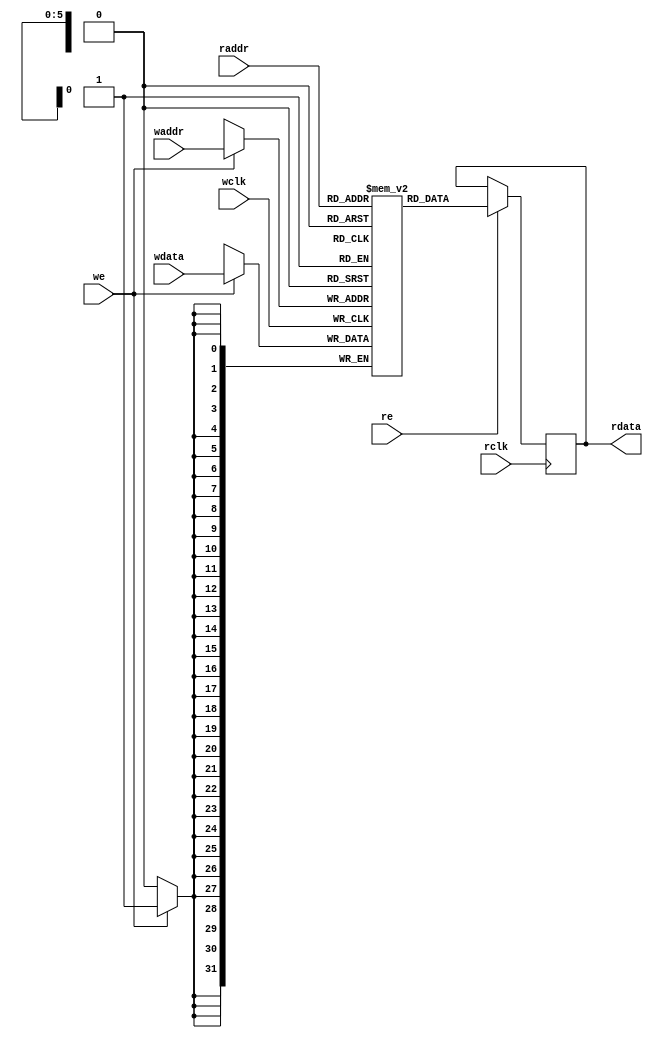
////////////////////////////////////////////////////////////////////////////////
// : NUDT
// : hjz
// : 2022/11/13
// : fifo
// : dual_port_ram
// : 
// : vivado
// :
// ram
// :
// rev1.0
// :
// 
////////////////////////////////////////////////////////////////////////////////
module dual_port_ram #(
    parameter DEPTH = 64,
    parameter WIDTH = 32
) (
    input wclk,
    input rclk,
    input [WIDTH-1:0] wdata, // 
    input we, // 
    input re, // 
    input [$clog2(DEPTH)-1:0] raddr, // 
    input [$clog2(DEPTH)-1:0] waddr, // 
    output reg [WIDTH-1:0] rdata
);

reg [WIDTH-1:0] mem [0:DEPTH-1]; // 

always @(posedge wclk) begin
    if (we)
        mem[waddr] <= wdata;
end

always @(posedge rclk) begin
    if (re)
        rdata <= mem[raddr];
end
endmodule